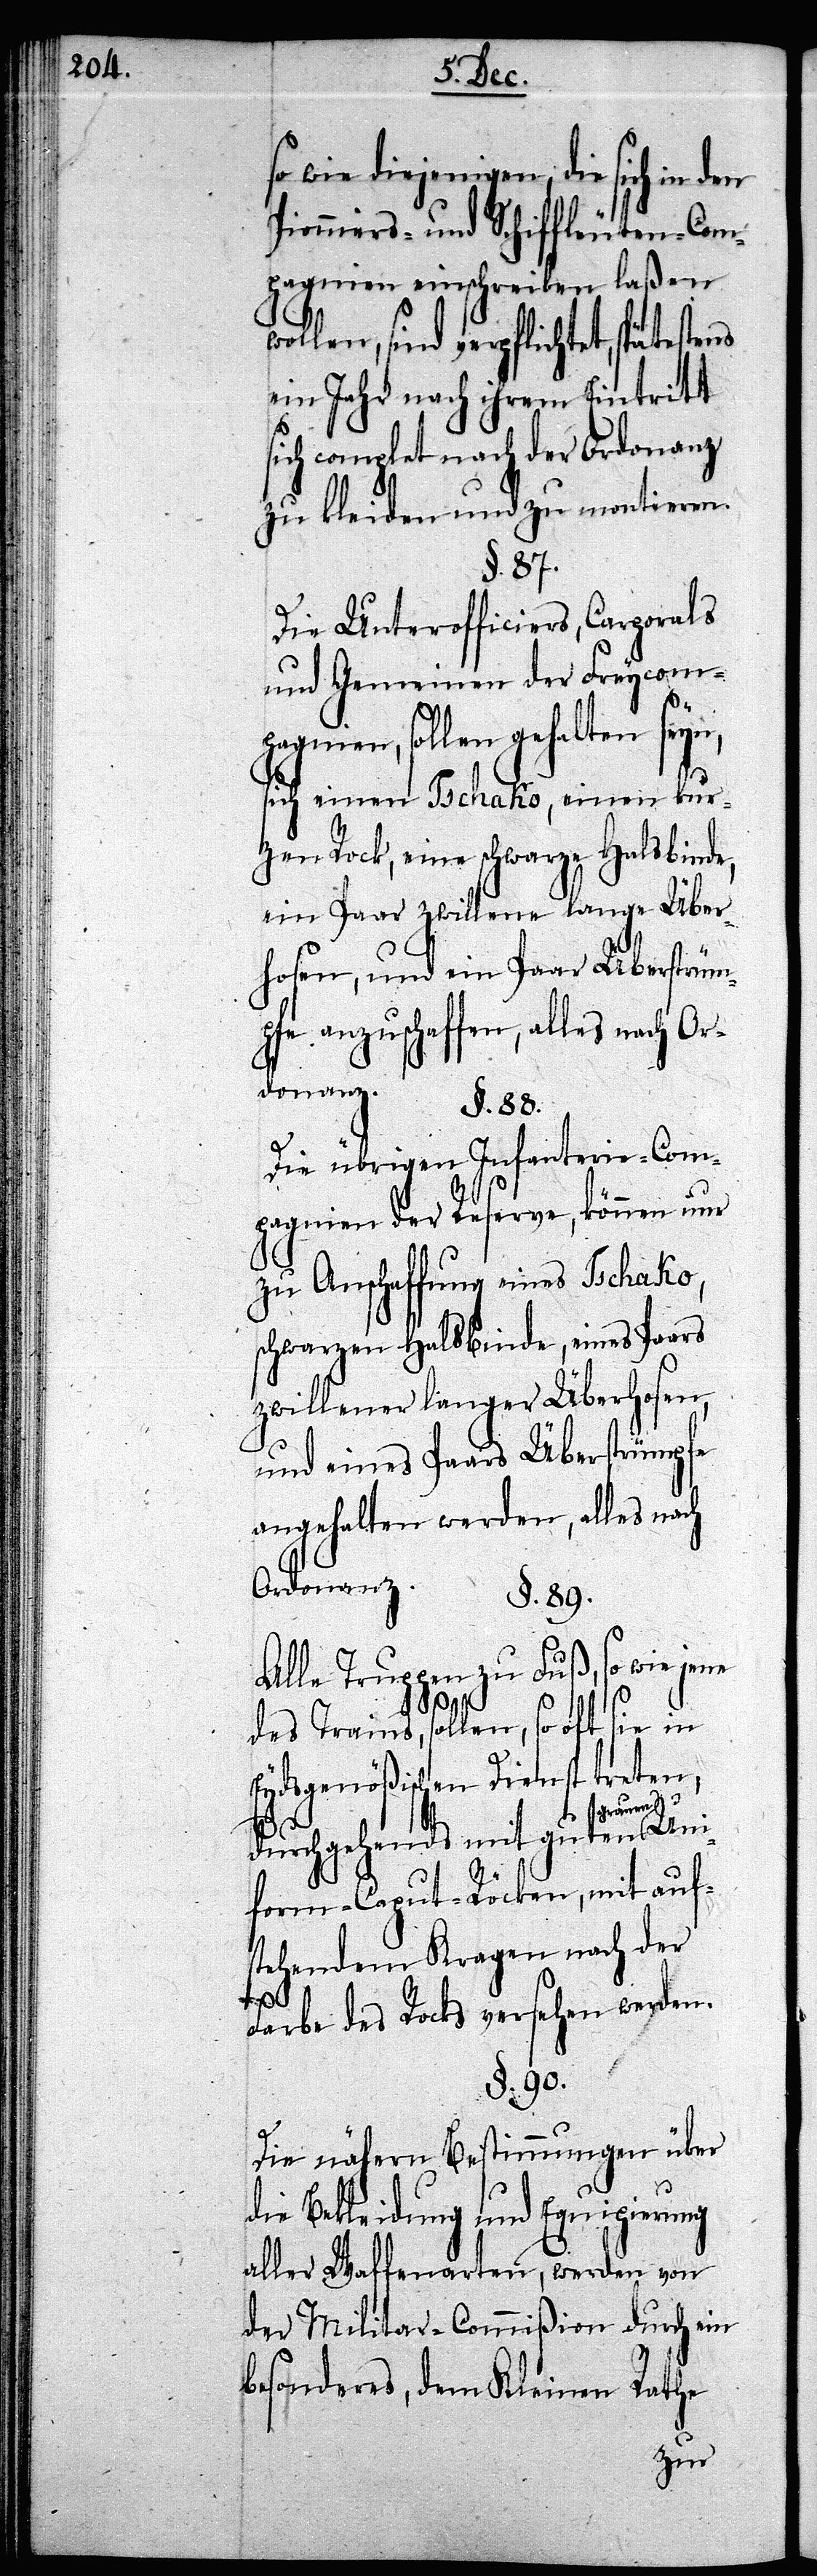
so wie diejenigen, die sich in den
Pioniers- und Schiffleuten-Com¬
pagnien einschreiben laßen
wollen, sind verpflichtet, spätes¬
ein Jahr nach ihrem Eintritt
sich complet nach der Ordonanz
zu kleiden und zu montieren.
§. 87.
Die Unterofficiers, Corporals
und Gemeinen der Freycom¬
pagnien, sollen gehalten seyn,
sich einen Tschako, einen kur¬
zen Rock, eine schwarze Halsbinde,
ein Paar zwillene lange Über¬
hosen, und ein Paar Überstrüm¬
pfe anzuschaffen, alles nach Or¬
donanz.
§. 88.
Die übrigen Infanterie-Com¬
pagnien der Reserve, können nur
zu Anschaffung eines Tschako,
schwarzen Halsbinde, eines Paars
zwillener langer Überhosen,
und eines Paars Überstrümpfe
angehalten werden, alles nach
Ordonanz.
§. 89.
Alle Truppen zu Fuß, so wie jene
des Trains, sollen, so oft sie in
Eydsgenößischen Dienst treten,
durchgehends mit guten grauen
form-Caput-Röcken, mit auf¬
stehendem Kragen nach der
Uni¬
Farbe des Rocks versehen werden.
§. 90.
Die nähern Bestimmungen über
die Bekleidung und Equipierung
aller Waffenarten, werden von
der Militar-Commißion durch ein
besonderes, dem Kleinen Rathe